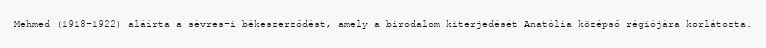
Mehmed (1918–1922) aláírta a sèvres-i békeszerződést, amely a birodalom kiterjedését Anatólia középső régiójára korlátozta.